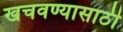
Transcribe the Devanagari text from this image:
खचवण्यासाठी